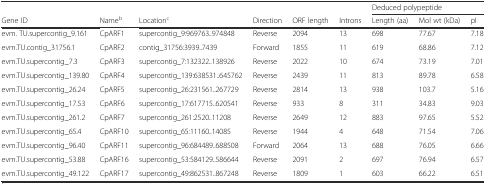
<table><thead><tr><td></td><td></td><td></td><td></td><td></td><td></td><td colspan="3"><b>Deduced polypeptide</b></td></tr><tr><td><b>Gene ID</b></td><td><b>Name<sup>b</sup></b></td><td><b>Location<sup>c</sup></b></td><td><b>Direction</b></td><td><b>ORF length</b></td><td><b>Introns</b></td><td><b>Length (aa)</b></td><td><b>Mol wt (kDa)</b></td><td><b>pI</b></td></tr></thead><tbody><tr><td>evm. TU.supercontig_9.161</td><td>CpARF1</td><td>supercontig_9:969763..974848</td><td>Reverse</td><td>2094</td><td>13</td><td>698</td><td>77.67</td><td>7.18</td></tr><tr><td>evm.TU.contig_31756.1</td><td>CpARF2</td><td>contig_31756:3939..7439</td><td>Forward</td><td>1855</td><td>11</td><td>619</td><td>68.86</td><td>7.12</td></tr><tr><td>evm.TU.supercontig_7.3</td><td>CpARF3</td><td>supercontig_7:132322..138926</td><td>Reverse</td><td>2022</td><td>10</td><td>674</td><td>73.19</td><td>7.01</td></tr><tr><td>evm.TU.supercontig_139.80</td><td>CpARF4</td><td>supercontig_139:638531..645762</td><td>Reverse</td><td>2439</td><td>11</td><td>813</td><td>89.78</td><td>6.58</td></tr><tr><td>evm.TU.supercontig_26.24</td><td>CpARF5</td><td>supercontig_26:231561..267729</td><td>Reverse</td><td>2814</td><td>13</td><td>938</td><td>103.7</td><td>5.16</td></tr><tr><td>evm.TU.supercontig_17.53</td><td>CpARF6</td><td>supercontig_17:617715..620541</td><td>Reverse</td><td>933</td><td>8</td><td>311</td><td>34.83</td><td>9.03</td></tr><tr><td>evm.TU.supercontig_261.2</td><td>CpARF7</td><td>supercontig_261:2520..11208</td><td>Reverse</td><td>2649</td><td>12</td><td>883</td><td>97.65</td><td>5.52</td></tr><tr><td>evm.TU.supercontig_65.4</td><td>CpARF10</td><td>supercontig_65:11160..14085</td><td>Reverse</td><td>1944</td><td>4</td><td>648</td><td>71.54</td><td>7.06</td></tr><tr><td>evm.TU.supercontig_96.40</td><td>CpARF11</td><td>supercontig_96:684489..688508</td><td>Forward</td><td>2064</td><td>13</td><td>688</td><td>76.05</td><td>6.66</td></tr><tr><td>evm.TU.supercontig_53.88</td><td>CpARF16</td><td>supercontig_53:584129..586644</td><td>Reverse</td><td>2091</td><td>2</td><td>697</td><td>76.94</td><td>6.57</td></tr><tr><td>evm.TU.supercontig_49.122</td><td>CpARF17</td><td>supercontig_49:862531..867248</td><td>Reverse</td><td>1809</td><td>1</td><td>603</td><td>66.22</td><td>6.51</td></tr></tbody></table>